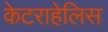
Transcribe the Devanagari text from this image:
केटराहेलिस